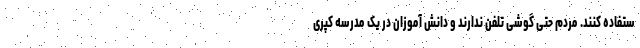
ستفاده کنند. مردم حتی گوشی تلفن ندارند و دانش آموزان در یک مدرسه کپری